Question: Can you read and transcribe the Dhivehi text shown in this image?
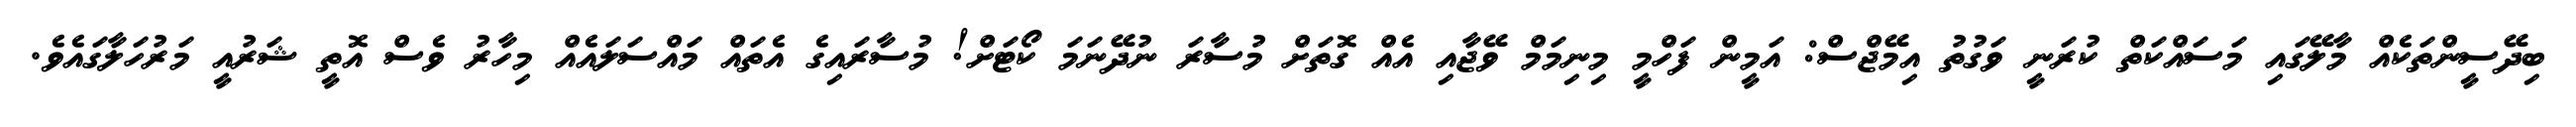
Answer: ބިދޭސީންތަކެއް މާލޭގައި މަސައްކަތް ކުރަނީ ވަގުތު އިމޭޖްސް: އަމީން ފަހްމީ މިނިމަމް ވޭޖާއި އެއް ގޮތަށް މުސާރަ ނުދޭނަމަ ކޯޓަށް! މުސާރައިގެ އެތައް މައްސަލައެއް މިހާރު ވެސް އޮތީ ޝަރުއީ މަރުހަލާގައެވެ.